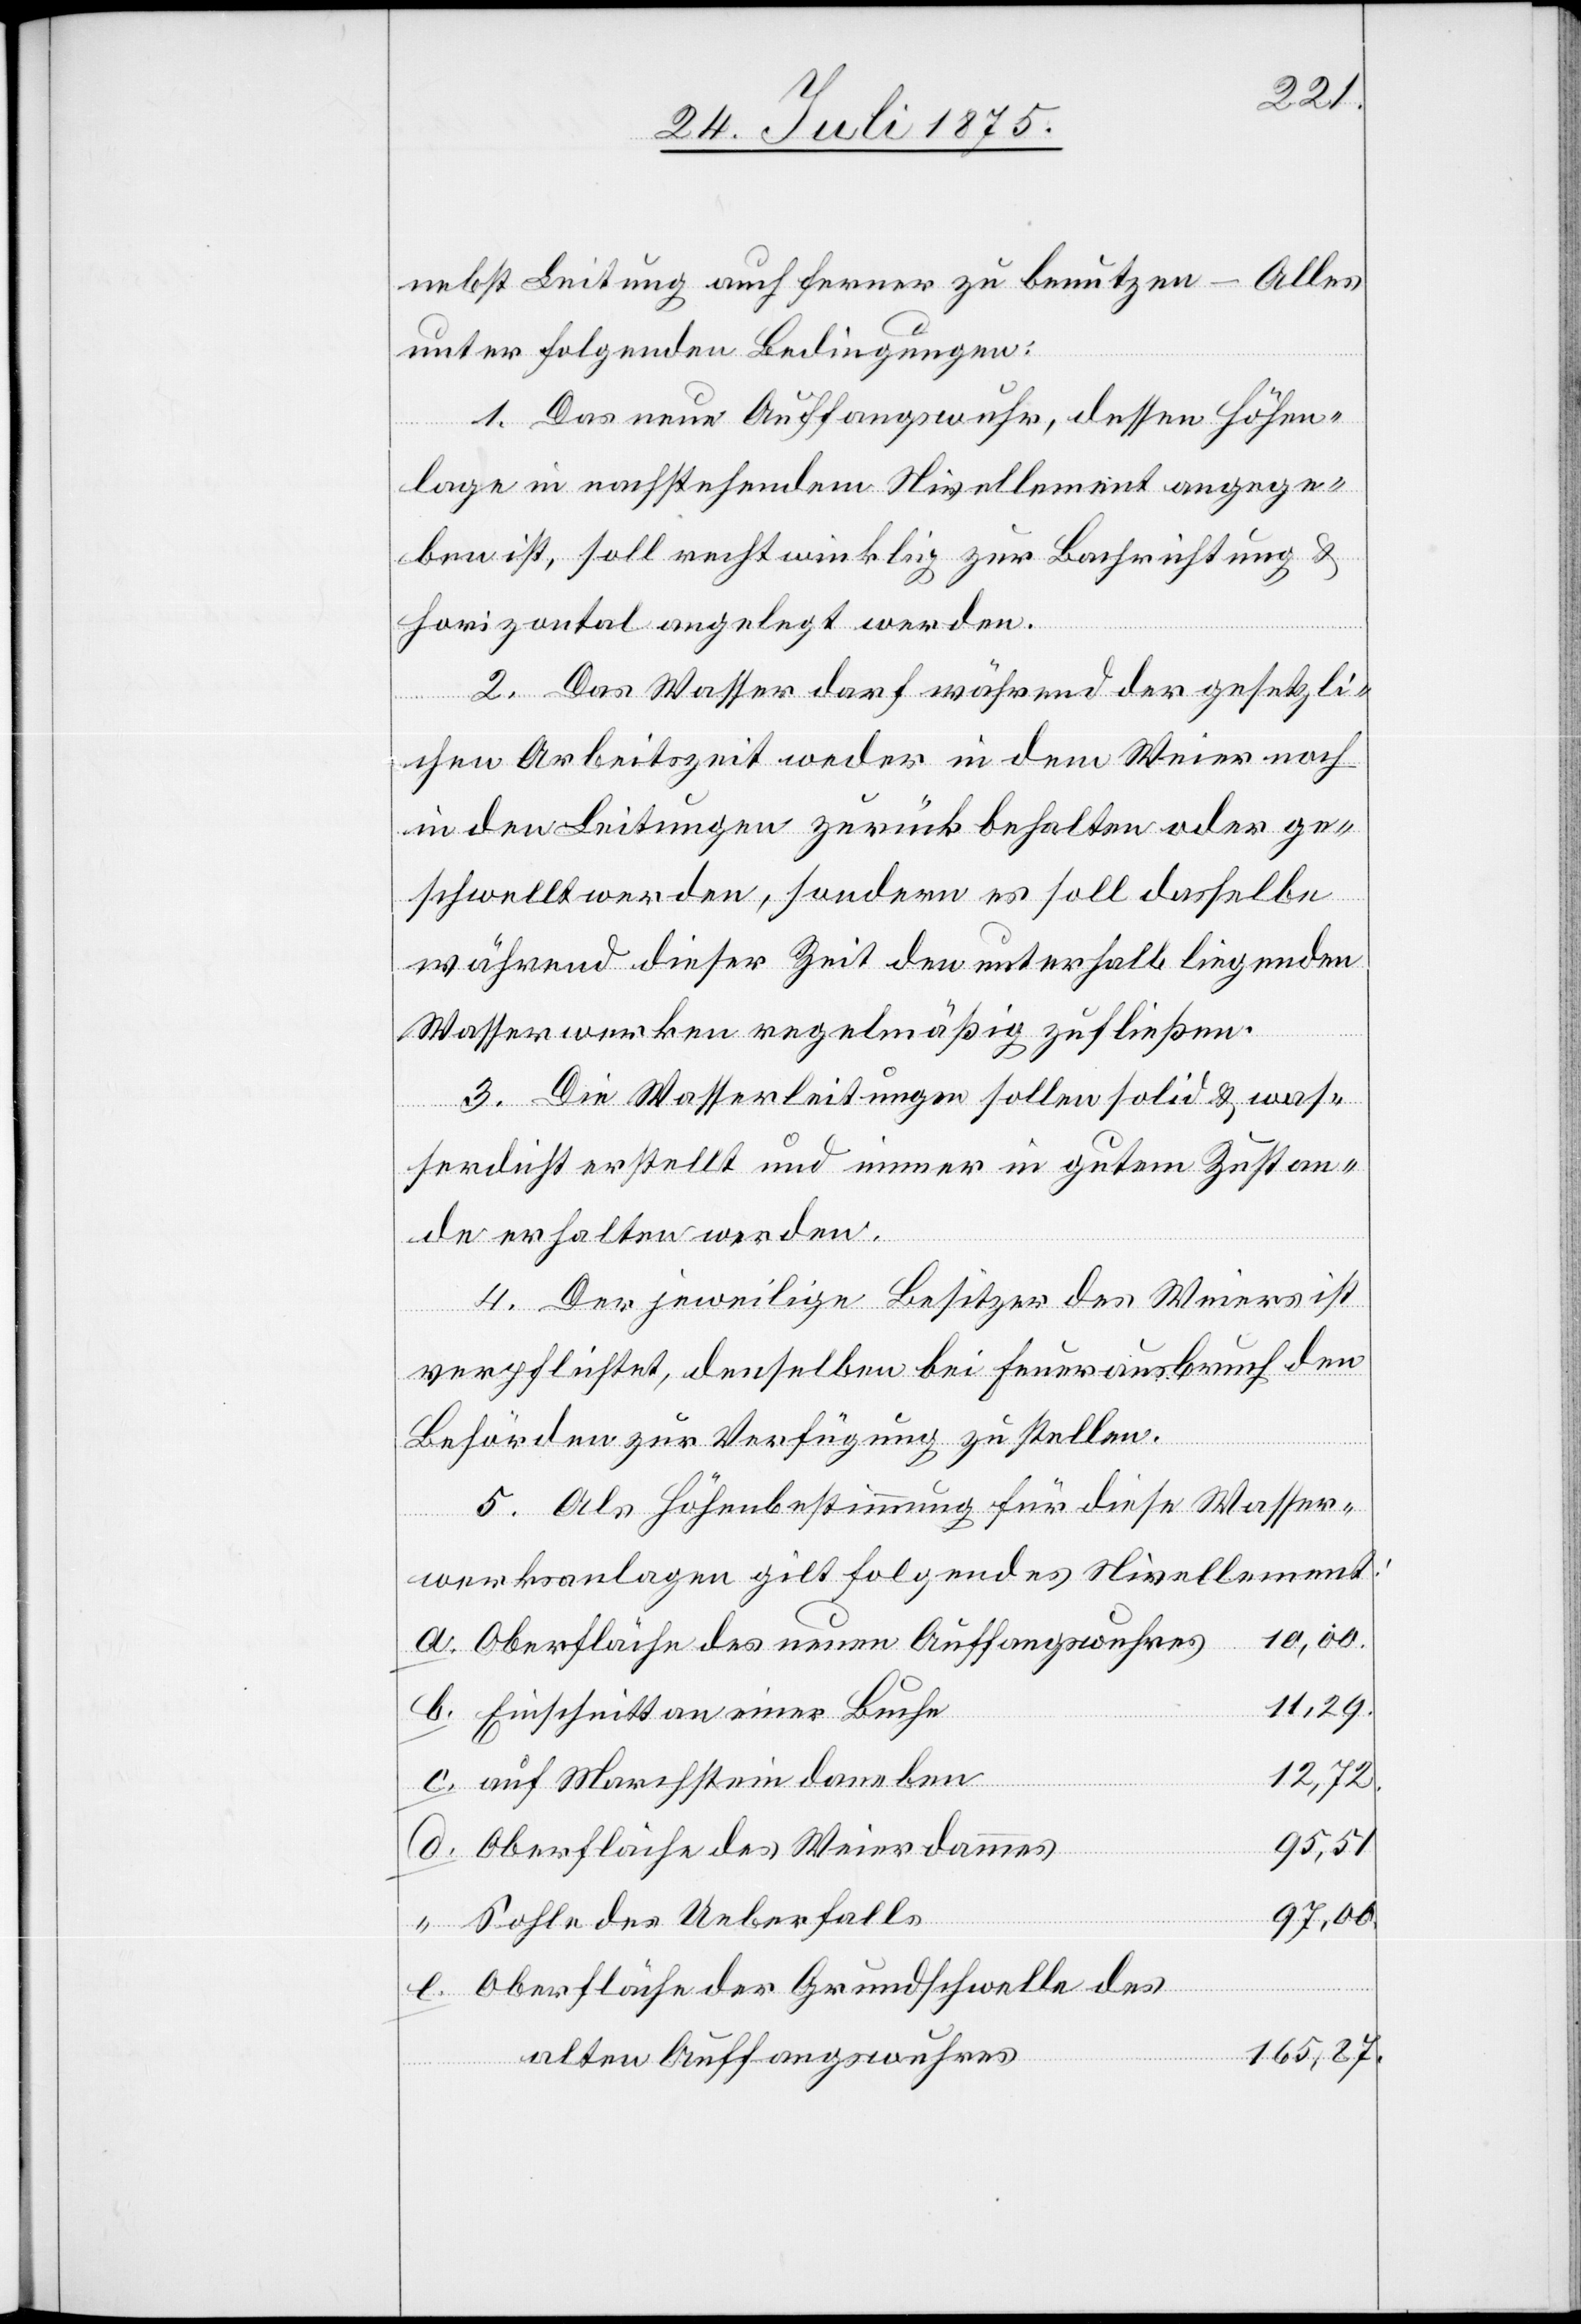
unter folgenden Bedingungen:
1. Das neue Auffangswuhr, dessen Höhen¬
lage in nachstehendem Nivellement angege¬
ben ist, soll rechtwinklig zur Bachrichtung &
horizontal angelegt werden.
2. Das Wasser darf während der gesetzli¬
benutzen –
chen Arbeitszeit weder in dem Weier noch
in den Leitungen zurückbehalten oder ge¬
schwellt werden, sondern es soll dasselbe
während dieser Zeit den unterhalb liegenden
Wasserwerken regelmäßig zufließen.
3. Die Wasserleitungen sollen solid & was¬
Leitung
serdicht erstellt und immer in gutem Zustan¬
de erhalten werden.
4. Der jeweilige Besitzer des Weiers ist
verpflichtet, denselben bei Feuerausbruch den
Behörden zur Verfügung zu stellen.
5. Als Höhenbestimmung für diese Wasser¬
e.
werksanlagen gilt folgende Nivellement:
10,00.
Oberfläche des neuen Auffangswuhres
11,29.
Einschnitt an einer Buche
12,72.
Auf Marchstein daneben
95,51.
Oberfläche des Weierdammes
97,00.
Sohle des Ueberfalls
Oberfläche der Grundschwelle des
165,87.
alten Auffangswuhres